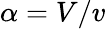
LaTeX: \alpha=V/v